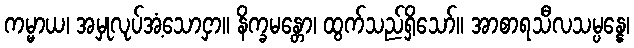
ကမ္မာယ၊ အမှုလုပ်အံ့သောငှာ။ နိက္ခမန္တော၊ ထွက်သည်ရှိသော်။ အာစာရသီလသမ္ပန္နေ၊